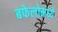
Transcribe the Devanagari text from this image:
बफेलोमध्ये